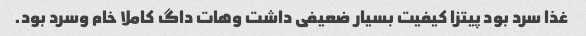
غذا سرد بود پیتزا کیفیت بسیار ضعیفی داشت وهات داگ کاملا خام وسرد بود.